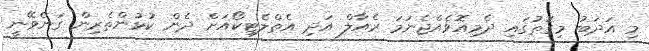
މި އަދަބު މިގޮތުގައި ދެމިއޮވެއްޖެނަމަ ރެއާލް އަދި އެތްލެޓިކޯއަށް ދެން ކުޅުންތެރިން ގަނެވޭނީ